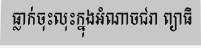
ធ្លាក់ចុះលុះក្នុងអំណាចជរា ព្យាធិ